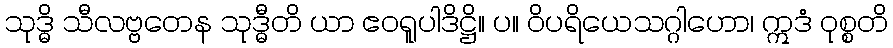
သုဒ္ဓိ သီလဗ္ဗတေန သုဒ္ဓီတိ ယာ ဧဝရူပါဒိဋ္ဌိ။ ပ။ ဝိပရိယေသဂ္ဂါဟော၊ ဣဒံ ဝုစ္စတိ